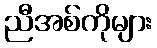
ညီအစ်ကိုများ